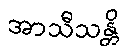
အာသီသန္တိ